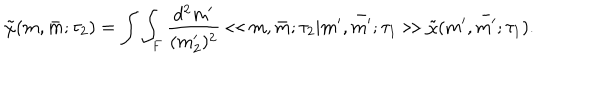
LaTeX: \tilde { \chi } ( m , \bar { m } ; \tau _ { 2 } ) = \int \int _ { F } \frac { d ^ { 2 } m ^ { \prime } } { ( m _ { 2 } ^ { \prime } ) ^ { 2 } } \ll m , \bar { m } ; \tau _ { 2 } | m ^ { \prime } , \bar { m ^ { \prime } } ; \tau _ { 1 } \gg \tilde { \chi } ( m ^ { \prime } , \bar { m ^ { \prime } } ; \tau _ { 1 } ) .